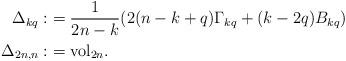
LaTeX: \begin{align*} \Delta_{kq} :&= \frac{1}{2n-k}(2(n-k+q)\Gamma_{kq}+(k-2q)B_{kq}) \\\Delta_{2n,n} :&= \mathrm{vol}_{2n}. \end{align*}